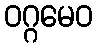
ဝဂ္ဂမေဝ